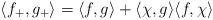
LaTeX: \begin{align*}\langle f_+,g_+\rangle = \langle f,g\rangle +\langle\chi,g\rangle\langle f,\chi\rangle\end{align*}